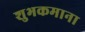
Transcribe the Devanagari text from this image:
शुभकमाना